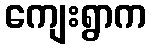
ကျေးရွာက